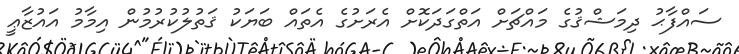
ސައްފާޙު ދިމަޝްޤުގެ މައްޗަށް އަތްގަދަކޮށް އެރަށުގެ އެތައް ބަޔަކު ޤަތުލުކުރުމުން އިމާމު އައުޒާޢީ